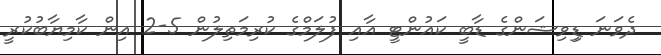
ދެވަނަ ޑިިވިޝަންގެ ޑާބީ ކައުންޓީ އާއި ފުލަމްގެ ކުރިމަތިލުން 5-2 އިން ކާމިޔާބުކުރީ